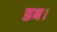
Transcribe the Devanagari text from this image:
डब।